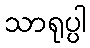
သာရုပ္ပါ